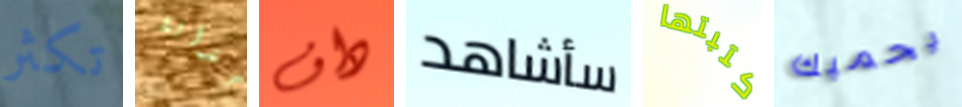
تكثر جذابة داف سأشاهد كتبتها يحميك